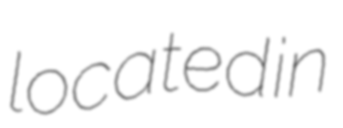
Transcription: located in